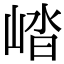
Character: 崉